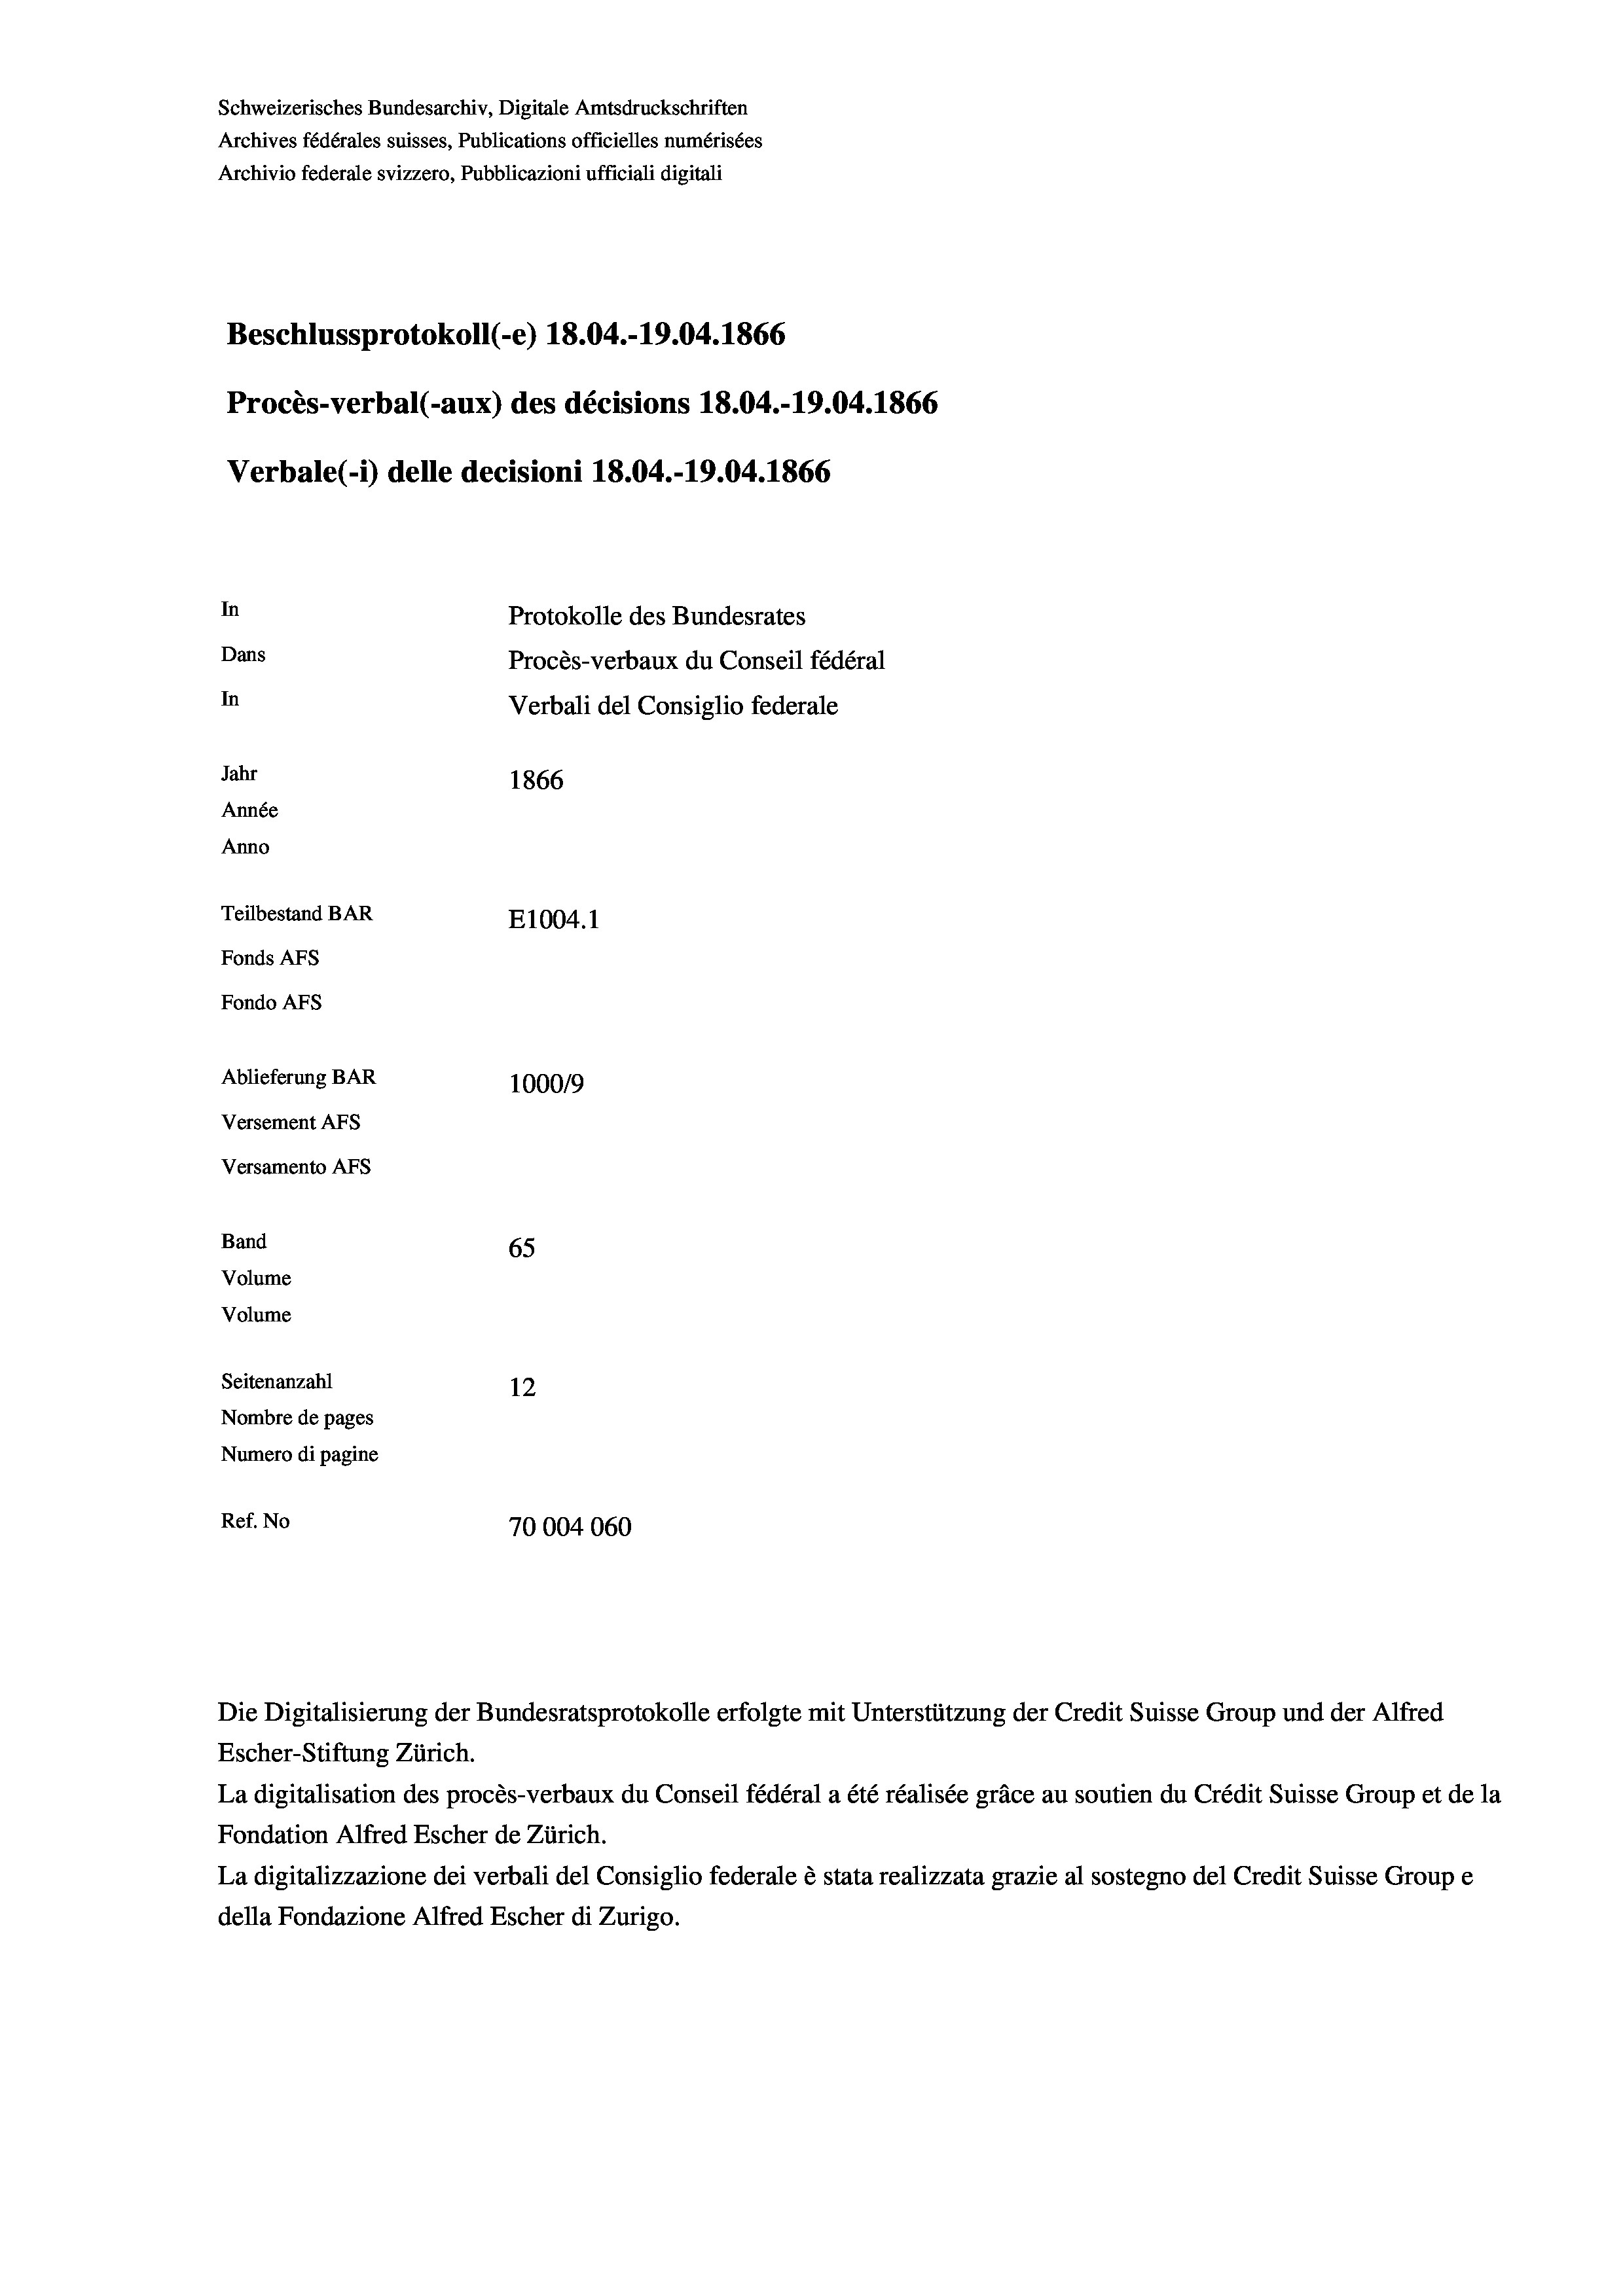
Schweizerisches Bundesarchiv, Digitale Amtsdruckschriften
Archives fédérales suisses, Publications officielles numérisées
Archivio federale svizzero, Pubblicazioni ufficiali digitali
Beschlussprotokoll (-e) 18.04.-19.04. 1866
Procès-verbal (-aux) des décisions 18.04.-19.04. 1866
Verbale (i) delle decisioni 18.04.-19.04. 1866
In
Protokolle des Bundesrates
Dans
Procès-verbaux du Conseil fédéral
In
Verbali del Consiglio federale
Jahr
1866
Année
Anno
Teilbestand BAR
E1004.1
Fonds AFs
Fondo Afs
Ablieferung BAR
100019
Versement AFs
Versamento AFs

65
Seitenanzahl
12
Nombre de pages
Numero di pagine
Ref. No
70004060

Band
Volume

Volume

La digitalisation des procès-verbaux du Conseil fédéral a été réalisée gräce au soutien du Crédit Suisse Group et de la
Fondation Alfred Escher de Zürich.
La digitalizzazione dei verbali del Consiglio federale è stata realizzata grazie al sostegno del Credit Suisse Groupe
della Fondazione Alfred Escher di Zurigo.

Escher-Stiftung Zürich.

Die Digitalisierung der Bundesratsprotokolle erfolgte mit Unterstützung der Credit Suisse Group und der Alfred